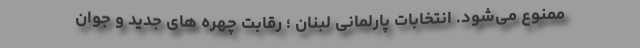
ممنوع می‌شود. انتخابات پارلمانی لبنان ؛ رقابت چهره های جدید و جوان